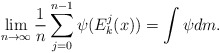
\begin{align*}\lim _{n\to \infty} \frac{1}{n} \sum ^{n-1} _{j=0} \psi ( E_k^j (x)) = \int \psi dm.\end{align*}